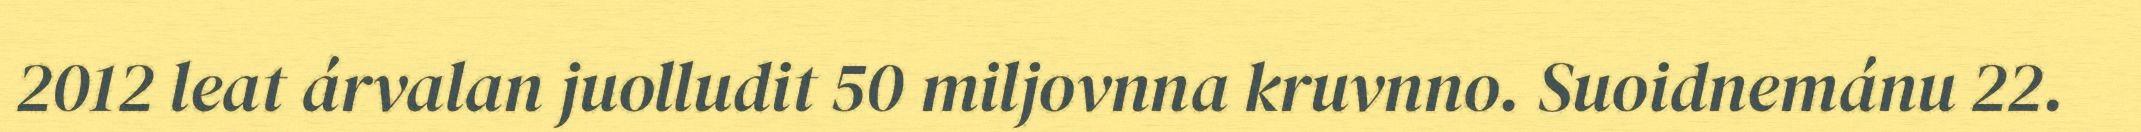
2012 leat árvalan juolludit 50 miljovnna kruvnno. Suoidnemánu 22.